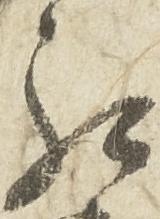
罷